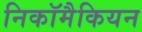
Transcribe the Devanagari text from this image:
निकॉमैकियन